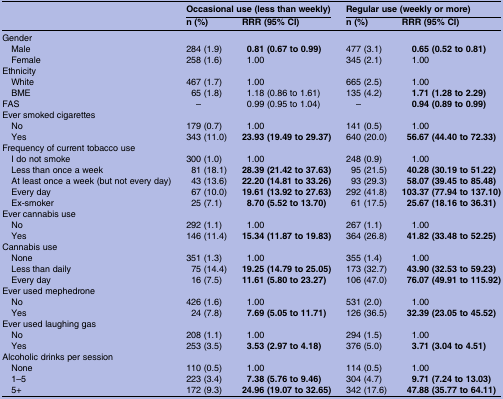
<table><thead><tr><td><b> </b></td><td colspan="2"><b>Occasional use (less than weekly)</b></td><td colspan="2"><b>Regular use (weekly or more)</b></td></tr><tr><td></td><td><b>n (%)</b></td><td><b>RRR (95% CI)</b></td><td><b>n (%)</b></td><td><b>RRR (95% CI)</b></td></tr></thead><tbody><tr><td colspan="5">Gender</td></tr><tr><td> Male</td><td>284 (1.9)</td><td><b>0.81 (0.67 to 0.99)</b></td><td>477 (3.1)</td><td><b>0.65 (0.52 to 0.81)</b></td></tr><tr><td> Female</td><td>258 (1.6)</td><td>1.00</td><td>345 (2.1)</td><td>1.00</td></tr><tr><td colspan="5">Ethnicity</td></tr><tr><td> White</td><td>467 (1.7)</td><td>1.00</td><td>665 (2.5)</td><td>1.00</td></tr><tr><td> BME</td><td>65 (1.8)</td><td>1.18 (0.86 to 1.61)</td><td>135 (4.2)</td><td><b>1.71 (1.28 to 2.29)</b></td></tr><tr><td>FAS</td><td>–</td><td>0.99 (0.95 to 1.04)</td><td>–</td><td><b>0.94 (0.89 to 0.99)</b></td></tr><tr><td colspan="5">Ever smoked cigarettes</td></tr><tr><td> No</td><td>179 (0.7)</td><td>1.00</td><td>141 (0.5)</td><td>1.00</td></tr><tr><td> Yes</td><td>343 (11.0)</td><td><b>23.93 (19.49 to 29.37)</b></td><td>640 (20.0)</td><td><b>56.67 (44.40 to 72.33)</b></td></tr><tr><td colspan="5">Frequency of current tobacco use</td></tr><tr><td> I do not smoke</td><td>300 (1.0)</td><td>1.00</td><td>248 (0.9)</td><td>1.00</td></tr><tr><td> Less than once a week</td><td>81 (18.1)</td><td><b>28.39 (21.42 to 37.63)</b></td><td>95 (21.5)</td><td><b>40.28 (30.19 to 51.22)</b></td></tr><tr><td> At least once a week (but not every day)</td><td>43 (13.6)</td><td><b>22.20 (14.81 to 33.26)</b></td><td>93 (29.3)</td><td><b>58.07 (39.45 to 85.48)</b></td></tr><tr><td> Every day</td><td>67 (10.0)</td><td><b>19.61 (13.92 to 27.63)</b></td><td>292 (41.8)</td><td><b>103.37 (77.94 to 137.10)</b></td></tr><tr><td> Ex-smoker</td><td>25 (7.1)</td><td><b>8.70 (5.52 to 13.70)</b></td><td>61 (17.5)</td><td><b>25.67 (18.16 to 36.31)</b></td></tr><tr><td colspan="5">Ever cannabis use</td></tr><tr><td> No</td><td>292 (1.1)</td><td>1.00</td><td>267 (1.1)</td><td>1.00</td></tr><tr><td> Yes</td><td>146 (11.4)</td><td><b>15.34 (11.87 to 19.83)</b></td><td>364 (26.8)</td><td><b>41.82 (33.48 to 52.25)</b></td></tr><tr><td colspan="5">Cannabis use</td></tr><tr><td> None</td><td>351 (1.3)</td><td>1.00</td><td>355 (1.4)</td><td>1.00</td></tr><tr><td> Less than daily</td><td>75 (14.4)</td><td><b>19.25 (14.79 to 25.05)</b></td><td>173 (32.7)</td><td><b>43.90 (32.53 to 59.23)</b></td></tr><tr><td> Every day</td><td>16 (7.5)</td><td><b>11.61 (5.80 to 23.27)</b></td><td>106 (47.0)</td><td><b>76.07 (49.91 to 115.92)</b></td></tr><tr><td colspan="5">Ever used mephedrone</td></tr><tr><td> No</td><td>426 (1.6)</td><td>1.00</td><td>531 (2.0)</td><td>1.00</td></tr><tr><td> Yes</td><td>24 (7.8)</td><td><b>7.69 (5.05 to 11.71)</b></td><td>126 (36.5)</td><td><b>32.39 (23.05 to 45.52)</b></td></tr><tr><td colspan="5">Ever used laughing gas</td></tr><tr><td> No</td><td>208 (1.1)</td><td>1.00</td><td>294 (1.5)</td><td>1.00</td></tr><tr><td> Yes</td><td>253 (3.5)</td><td><b>3.53 (2.97 to 4.18)</b></td><td>376 (5.0)</td><td><b>3.71 (3.04 to 4.51)</b></td></tr><tr><td colspan="5">Alcoholic drinks per session</td></tr><tr><td> None</td><td>110 (0.5)</td><td>1.00</td><td>114 (0.5)</td><td>1.00</td></tr><tr><td> 1–5</td><td>223 (3.4)</td><td><b>7.38 (5.76 to 9.46)</b></td><td>304 (4.7)</td><td><b>9.71 (7.24 to 13.03)</b></td></tr><tr><td> 5+</td><td>172 (9.3)</td><td><b>24.96 (19.07 to 32.65)</b></td><td>342 (17.6)</td><td><b>47.88 (35.77 to 64.11)</b></td></tr></tbody></table>